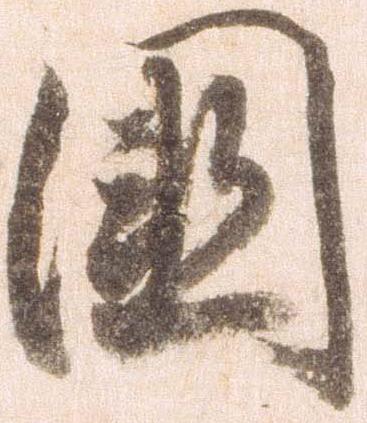
国